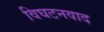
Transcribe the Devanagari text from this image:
विघटनवाद